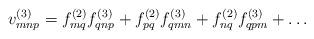
LaTeX: \begin{align*}v^{(3)}_{mnp} = f^{(2)}_{mq}f^{(3)}_{qnp} + f^{(2)}_{pq} f^{(3)}_{qmn}+ f^{(2)}_{nq} f^{(3)}_{qpm} + \ldots\end{align*}